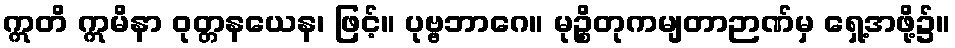
ဣတိ ဣမိနာ ဝုတ္တနယေန၊ ဖြင့်။ ပုဗ္ဗဘာဂေ။ မုဉ္စိတုကမျတာဉာဏ်မှ ရှေ့အဖို့၌။